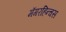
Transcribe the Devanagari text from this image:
मॅगरहिन्चस